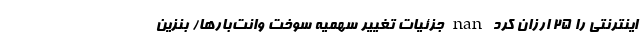
اینترنتی را ۲۵ ارزان کرد nan جزئیات تغییر سهمیه سوخت وانت‌بارها/ بنزین